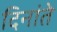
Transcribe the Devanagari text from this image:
दिनांते